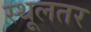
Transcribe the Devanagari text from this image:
स्थूलतर